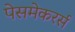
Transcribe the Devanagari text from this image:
पेसमेकरर्स